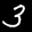
Label: 3